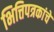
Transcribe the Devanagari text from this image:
भित्तिपत्रकांचे